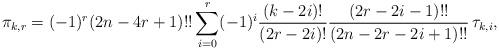
LaTeX: \begin{align*} \pi_{k,r} = (-1)^r(2n-4r+1)!!\sum_{i=0}^r (-1)^{i}\frac{(k-2i)!}{(2r-2i)!} \frac{(2r-2i-1)!!}{(2n-2r-2i+1)!!}\,\tau_{k,i},\end{align*}